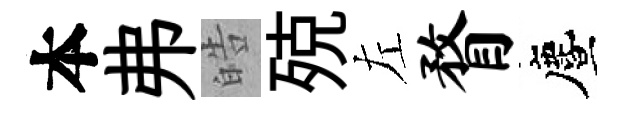
本弗皓殑左瞀󵨌